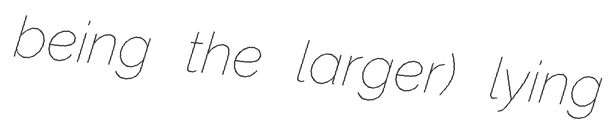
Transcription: being the larger) lying